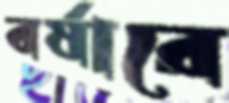
বর্ষারে